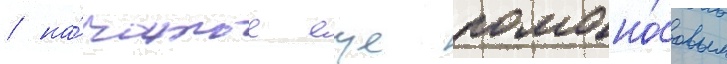
/ на́чатое еще ломоно́совым